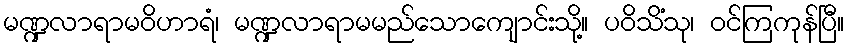
မဏ္ဍလာရာမဝိဟာရံ၊ မဏ္ဍလာရာမမည်သောကျောင်းသို့။ ပဝိသိံသု၊ ဝင်ကြကုန်ပြီ။